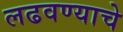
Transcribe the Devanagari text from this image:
लढवण्याचे